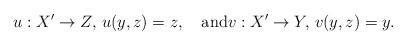
LaTeX: \begin{align*}u:X'\to Z,\,u(y,z)=z, \quad\textrm{and}v:X'\to Y,\,v(y,z)=y.\end{align*}